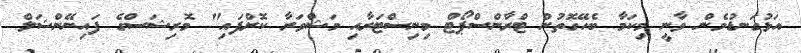
އަޅުގަނޑުމެން ވާނީ މިކަމާ ބެހޭގޮތުން ޓްރާންސްޕޯޓް މިނިސްޓަރާއި މަޝްވަރާ ކޮށްފައި" މޮރިޝަސްގެ ފައިނޭންޝަލް